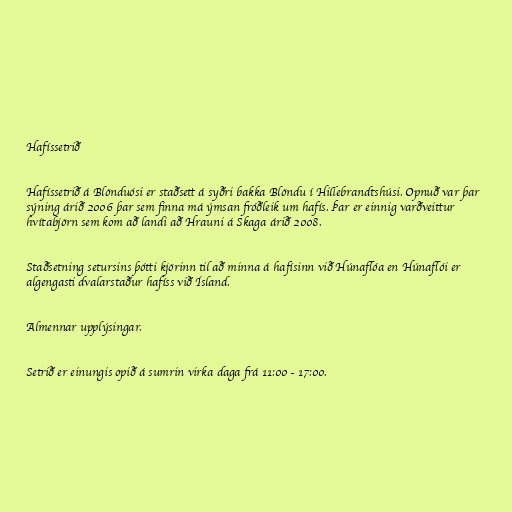
Hafíssetrið

Hafíssetrið á Blönduósi er staðsett á syðri bakka Blöndu í Hillebrandtshúsi. Opnuð var þar
sýning árið 2006 þar sem finna má ýmsan fróðleik um hafís. Þar er einnig varðveittur
hvítabjörn sem kom að landi að Hrauni á Skaga árið 2008.

Staðsetning setursins þótti kjörinn til að minna á hafísinn við Húnaflóa en Húnaflói er
algengasti dvalarstaður hafíss við Ísland.

Almennar upplýsingar.

Setrið er einungis opið á sumrin virka daga frá 11:00 - 17:00.